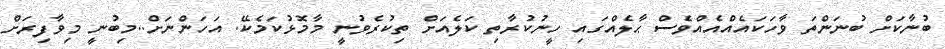
ބުނާކަށް ބުނަންތަ ވާހަކައެއްއެއްވެސް ޙާލެއްގައި ހީނުކުރާތި ކަލެއަށް ތިކުރެވުނީ މާމޮޅުކަމެކޭ. އަހަންނަށް..މިބުނީ މިވާފިރަށް